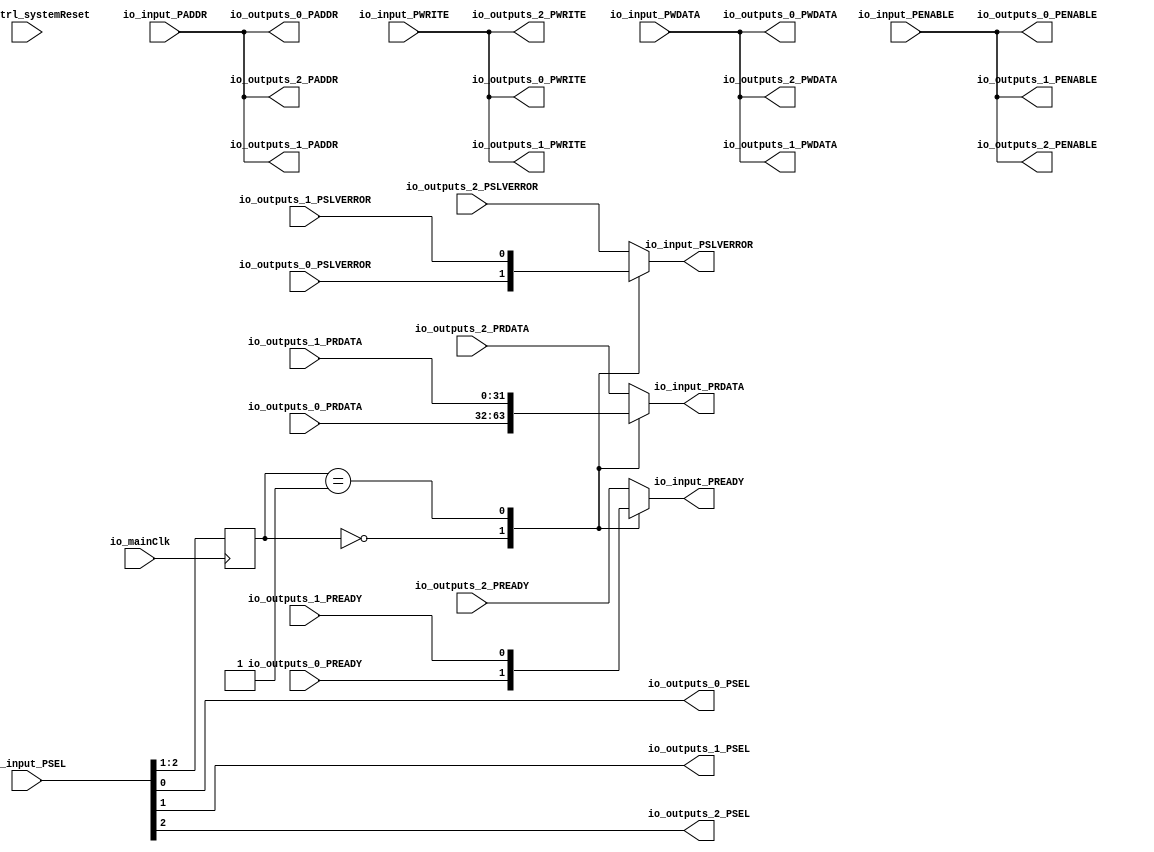
module Apb3Router_1 (
      input  [19:0] io_input_PADDR,
      input  [2:0] io_input_PSEL,
      input   io_input_PENABLE,
      output  io_input_PREADY,
      input   io_input_PWRITE,
      input  [31:0] io_input_PWDATA,
      output [31:0] io_input_PRDATA,
      output  io_input_PSLVERROR,
      output [19:0] io_outputs_0_PADDR,
      output [0:0] io_outputs_0_PSEL,
      output  io_outputs_0_PENABLE,
      input   io_outputs_0_PREADY,
      output  io_outputs_0_PWRITE,
      output [31:0] io_outputs_0_PWDATA,
      input  [31:0] io_outputs_0_PRDATA,
      input   io_outputs_0_PSLVERROR,
      output [19:0] io_outputs_1_PADDR,
      output [0:0] io_outputs_1_PSEL,
      output  io_outputs_1_PENABLE,
      input   io_outputs_1_PREADY,
      output  io_outputs_1_PWRITE,
      output [31:0] io_outputs_1_PWDATA,
      input  [31:0] io_outputs_1_PRDATA,
      input   io_outputs_1_PSLVERROR,
      output [19:0] io_outputs_2_PADDR,
      output [0:0] io_outputs_2_PSEL,
      output  io_outputs_2_PENABLE,
      input   io_outputs_2_PREADY,
      output  io_outputs_2_PWRITE,
      output [31:0] io_outputs_2_PWDATA,
      input  [31:0] io_outputs_2_PRDATA,
      input   io_outputs_2_PSLVERROR,
      input   io_mainClk,
      input   resetCtrl_systemReset);
  reg  _zz_3_;
  reg [31:0] _zz_4_;
  reg  _zz_5_;
  wire  _zz_1_;
  wire  _zz_2_;
  reg [1:0] selIndex;
  always @(*) begin
    case(selIndex)
      2'b00 : begin
        _zz_3_ = io_outputs_0_PREADY;
        _zz_4_ = io_outputs_0_PRDATA;
        _zz_5_ = io_outputs_0_PSLVERROR;
      end
      2'b01 : begin
        _zz_3_ = io_outputs_1_PREADY;
        _zz_4_ = io_outputs_1_PRDATA;
        _zz_5_ = io_outputs_1_PSLVERROR;
      end
      default : begin
        _zz_3_ = io_outputs_2_PREADY;
        _zz_4_ = io_outputs_2_PRDATA;
        _zz_5_ = io_outputs_2_PSLVERROR;
      end
    endcase
  end
  assign io_outputs_0_PADDR = io_input_PADDR;
  assign io_outputs_0_PENABLE = io_input_PENABLE;
  assign io_outputs_0_PSEL[0] = io_input_PSEL[0];
  assign io_outputs_0_PWRITE = io_input_PWRITE;
  assign io_outputs_0_PWDATA = io_input_PWDATA;
  assign io_outputs_1_PADDR = io_input_PADDR;
  assign io_outputs_1_PENABLE = io_input_PENABLE;
  assign io_outputs_1_PSEL[0] = io_input_PSEL[1];
  assign io_outputs_1_PWRITE = io_input_PWRITE;
  assign io_outputs_1_PWDATA = io_input_PWDATA;
  assign io_outputs_2_PADDR = io_input_PADDR;
  assign io_outputs_2_PENABLE = io_input_PENABLE;
  assign io_outputs_2_PSEL[0] = io_input_PSEL[2];
  assign io_outputs_2_PWRITE = io_input_PWRITE;
  assign io_outputs_2_PWDATA = io_input_PWDATA;
  assign _zz_1_ = io_input_PSEL[1];
  assign _zz_2_ = io_input_PSEL[2];
  assign io_input_PREADY = _zz_3_;
  assign io_input_PRDATA = _zz_4_;
  assign io_input_PSLVERROR = _zz_5_;
  always @ (posedge io_mainClk) begin
    selIndex <= {_zz_2_,_zz_1_};
  end
endmodule